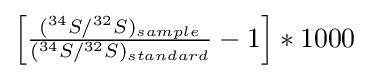
{\textstyle \left[{\frac {(^{34}S/^{32}S)_{sample}}{(^{34}S/^{32}S)_{standard}}}-1\right]*1000}